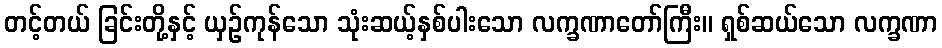
တင့်တယ် ခြင်းတို့နှင့် ယှဉ်ကုန်သော သုံးဆယ့်နှစ်ပါးသော လက္ခဏာတော်ကြီး။ ရှစ်ဆယ်သော လက္ခဏာ